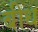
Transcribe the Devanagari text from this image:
बीध